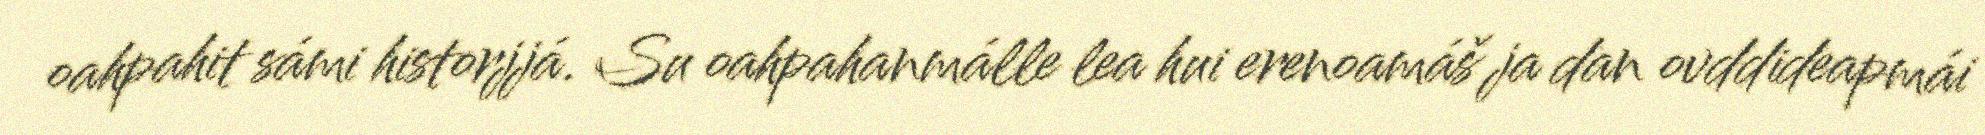
oahpahit sámi historjjá. Su oahpahanmálle lea hui erenoamáš ja dan ovddideapmái